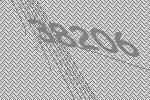
38206